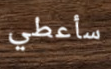
سأعطي